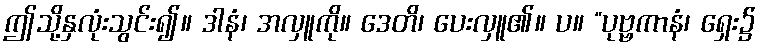
ဤသို့နှလုံးသွင်း၍။ ဒါနံ၊ အလှူကို။ ဒေတိ၊ ပေးလှူ၏။ ပ။ “ပုဗ္ဗကာနံ၊ ရှေး၌